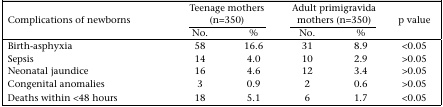
<table><thead><tr><td rowspan="2"><b>Complications of newborns</b></td><td colspan="2"><b>Teenage mothers (n=350)</b></td><td colspan="2"><b>Adult primigravida mothers (n=350)</b></td><td rowspan="2"><b>p value</b></td></tr><tr><td><b>No.</b></td><td><b>%</b></td><td><b>No.</b></td><td><b>%</b></td></tr></thead><tbody><tr><td>Birth-asphyxia</td><td>58</td><td>16.6</td><td>31</td><td>8.9</td><td>&lt;0.05</td></tr><tr><td>Sepsis</td><td>14</td><td>4.0</td><td>10</td><td>2.9</td><td>&gt;0.05</td></tr><tr><td>Neonatal jaundice</td><td>16</td><td>4.6</td><td>12</td><td>3.4</td><td>&gt;0.05</td></tr><tr><td>Congenital anomalies</td><td>3</td><td>0.9</td><td>2</td><td>0.6</td><td>&gt;0.05</td></tr><tr><td>Deaths within &lt;48 hours</td><td>18</td><td>5.1</td><td>6</td><td>1.7</td><td>&lt;0.05</td></tr></tbody></table>